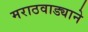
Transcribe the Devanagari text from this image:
मराठवाड्याने